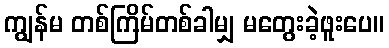
ကျွန်မ တစ်ကြိမ်တစ်ခါမျှ မတွေးခဲ့ဖူးပေ။